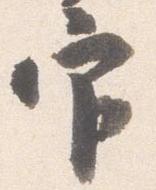
官